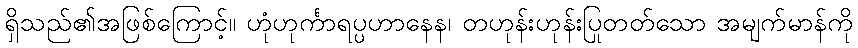
ရှိသည်၏အဖြစ်ကြောင့်။ ဟုံဟုင်္ကာရပ္ပဟာနေန၊ တဟုန်းဟုန်းပြုတတ်သော အမျက်မာန်ကို